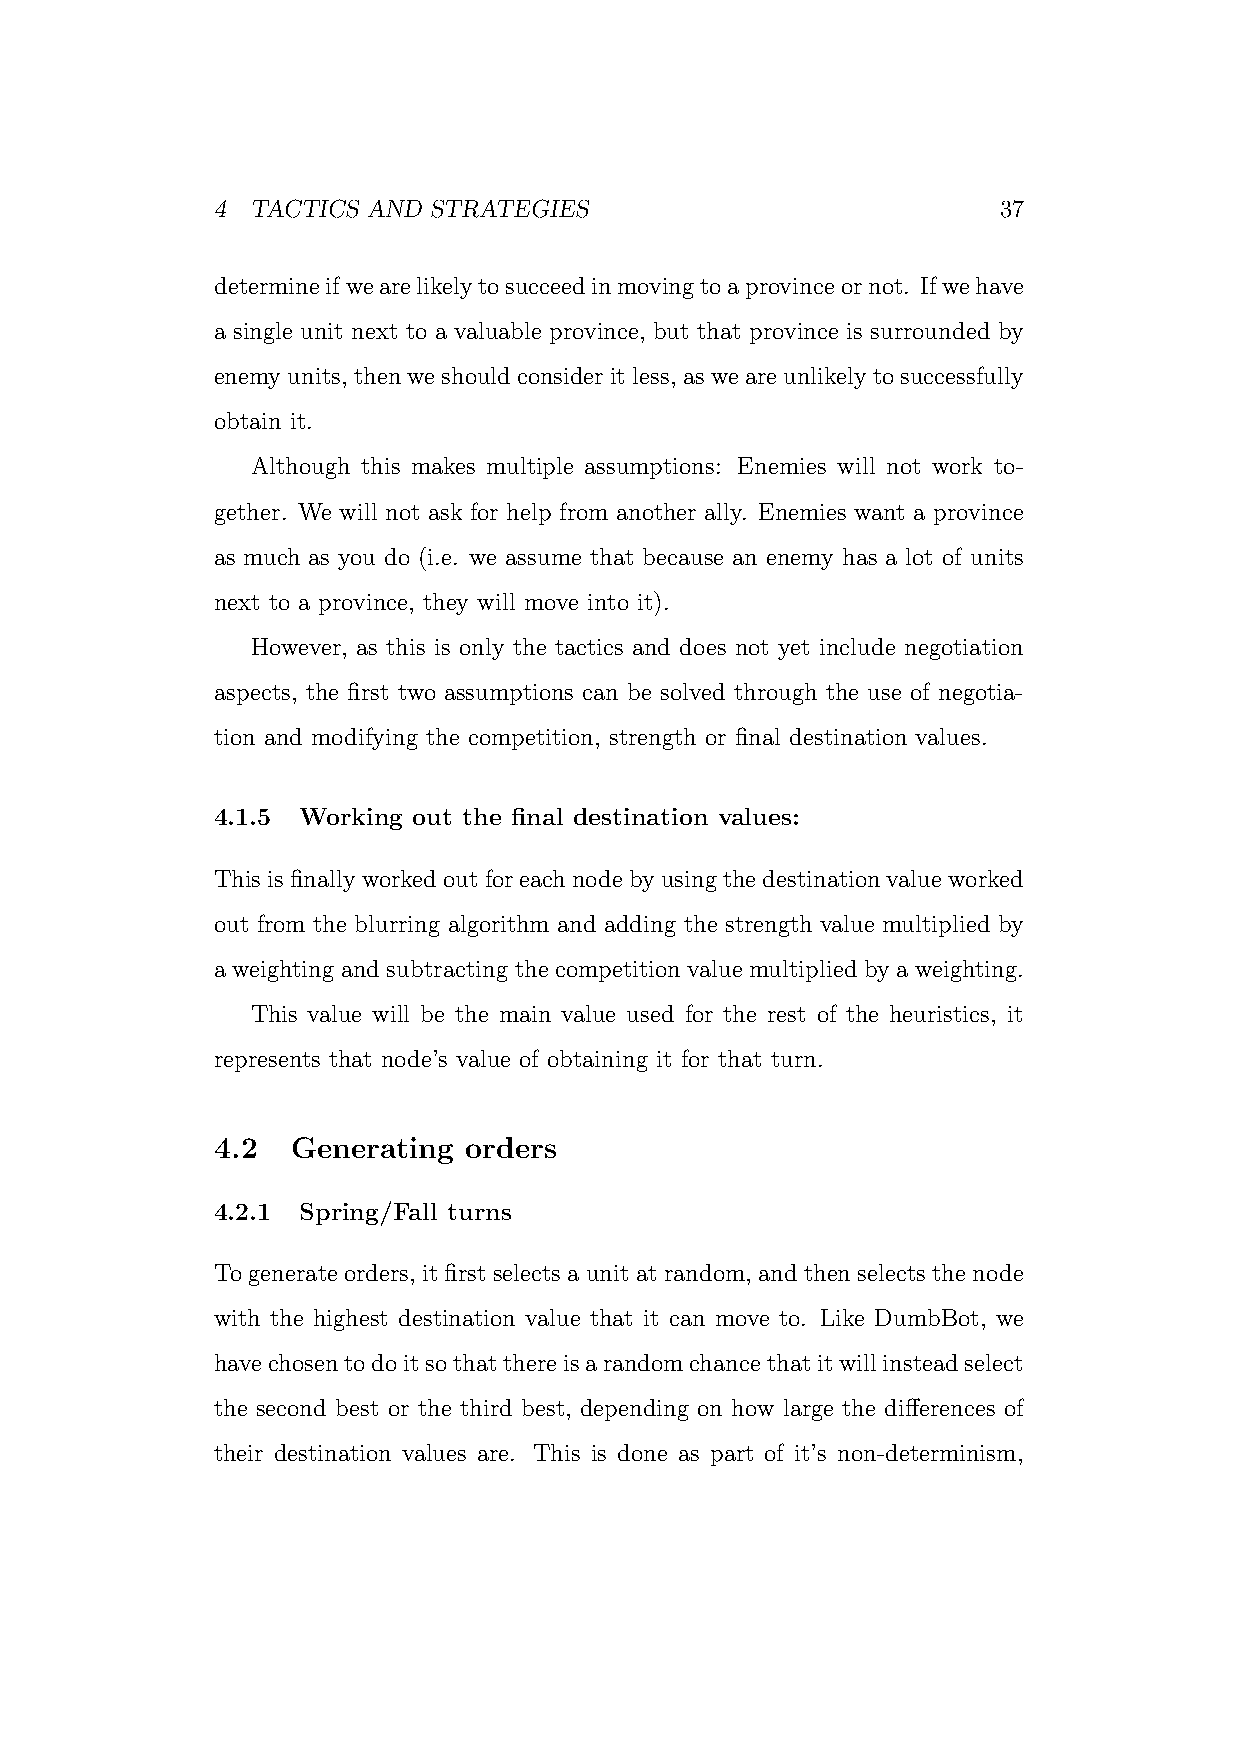
4  TACTICS AND STRATEGIES                           37
 determineifwearelikelytosucceedinmovingtoaprovinceornot. Ifwehave
 a single unit next to a valuable province, but that province is surrounded by
 enemyunits, thenweshouldconsideritless, asweareunlikelytosuccessfully
 obtain it.
 Although this makes multiple assumptions: Enemies will not work to-
 gether. We will not ask for help from another ally. Enemies want a province
 as much as you do (i.e. we assume that because an enemy has a lot of units
 next to a province, they will move into it).
 However, as this is only the tactics and does not yet include negotiation
 aspects, the first two assumptions can be solved through the use of negotia-
 tion and modifying the competition, strength or final destination values.
 4.1.5 Working out the final destination values:
 Thisisfinallyworkedoutforeachnodebyusingthedestinationvalueworked
 out from the blurring algorithm and adding the strength value multiplied by
 a weighting and subtracting the competition value multiplied by a weighting.
 This value will be the main value used for the rest of the heuristics, it
 represents that node’s value of obtaining it for that turn.
 4.2  Generating  orders
 4.2.1 Spring/Fall turns
 To generate orders, it first selects a unit at random, and then selects the node
 with the highest destination value that it can move to. Like DumbBot, we
 havechosentodoitsothatthereisarandomchancethatitwillinsteadselect
 the second best or the third best, depending on how large the differences of
 their destination values are. This is done as part of it’s non-determinism,